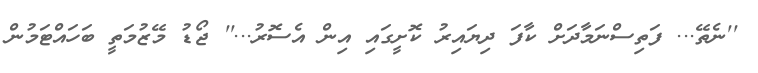
''ނެތޭ... ފަތިސްނަމާދަށް ކާފަ ދިޔައިރު ކޮށީގައި އިން އެސޮރު...'' ޖޯޑު މޭޒުމަތީ ބަހައްޓަމުން